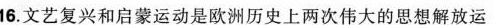
16.文艺复兴和启蒙运动是欧洲历史上两次伟大的思想解放运